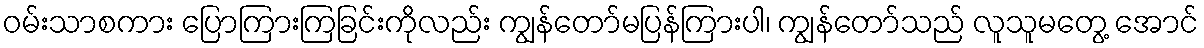
ဝမ်းသာစကား ပြောကြားကြခြင်းကိုလည်း ကျွန်တော်မပြန်ကြားပါ၊ ကျွန်တော်သည် လူသူမတွေ့ အောင်